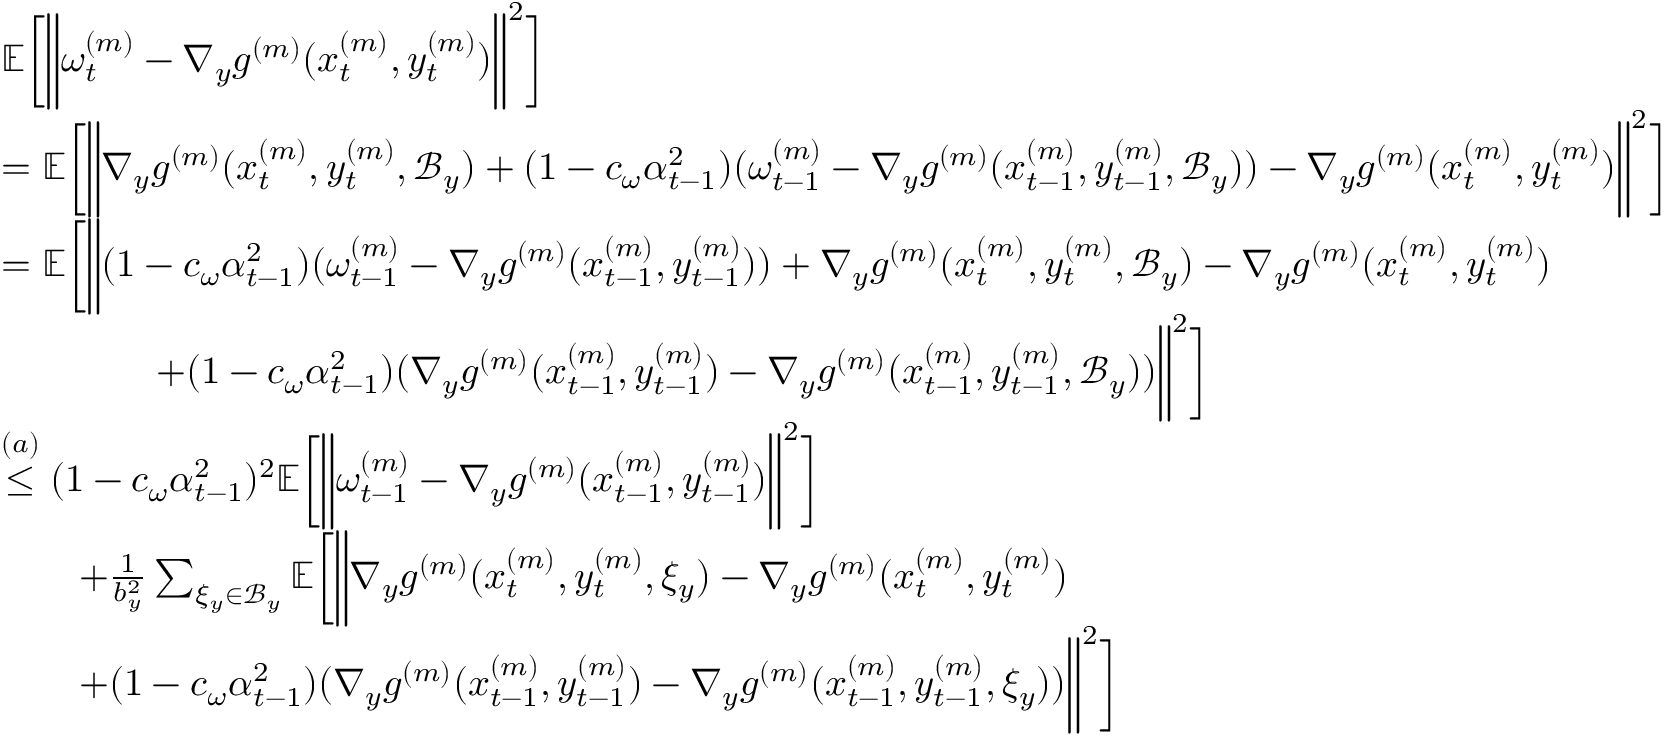
\begin{array} { r l } & { \mathbb { E } \bigg [ \bigg \| \omega _ { t } ^ { ( m ) } - \nabla _ { y } g ^ { ( m ) } ( x _ { t } ^ { ( m ) } , y _ { t } ^ { ( m ) } ) \bigg \| ^ { 2 } \bigg ] } \\ & { = \mathbb { E } \bigg [ \bigg \| \nabla _ { y } g ^ { ( m ) } ( x _ { t } ^ { ( m ) } , y _ { t } ^ { ( m ) } , \mathcal { B } _ { y } ) + ( 1 - c _ { \omega } \alpha _ { t - 1 } ^ { 2 } ) ( \omega _ { t - 1 } ^ { ( m ) } - \nabla _ { y } g ^ { ( m ) } ( x _ { t - 1 } ^ { ( m ) } , y _ { t - 1 } ^ { ( m ) } , \mathcal { B } _ { y } ) ) - \nabla _ { y } g ^ { ( m ) } ( x _ { t } ^ { ( m ) } , y _ { t } ^ { ( m ) } ) \bigg \| ^ { 2 } \bigg ] } \\ & { = \mathbb { E } \bigg [ \bigg \| ( 1 - c _ { \omega } \alpha _ { t - 1 } ^ { 2 } ) ( \omega _ { t - 1 } ^ { ( m ) } - \nabla _ { y } g ^ { ( m ) } ( x _ { t - 1 } ^ { ( m ) } , y _ { t - 1 } ^ { ( m ) } ) ) + \nabla _ { y } g ^ { ( m ) } ( x _ { t } ^ { ( m ) } , y _ { t } ^ { ( m ) } , \mathcal { B } _ { y } ) - \nabla _ { y } g ^ { ( m ) } ( x _ { t } ^ { ( m ) } , y _ { t } ^ { ( m ) } ) } \\ & { \qquad \qquad + ( 1 - c _ { \omega } \alpha _ { t - 1 } ^ { 2 } ) ( \nabla _ { y } g ^ { ( m ) } ( x _ { t - 1 } ^ { ( m ) } , y _ { t - 1 } ^ { ( m ) } ) - \nabla _ { y } g ^ { ( m ) } ( x _ { t - 1 } ^ { ( m ) } , y _ { t - 1 } ^ { ( m ) } , \mathcal { B } _ { y } ) ) \bigg \| ^ { 2 } \bigg ] } \\ & { \overset { ( a ) } { \leq } ( 1 - c _ { \omega } \alpha _ { t - 1 } ^ { 2 } ) ^ { 2 } \mathbb { E } \bigg [ \bigg \| \omega _ { t - 1 } ^ { ( m ) } - \nabla _ { y } g ^ { ( m ) } ( x _ { t - 1 } ^ { ( m ) } , y _ { t - 1 } ^ { ( m ) } ) \bigg \| ^ { 2 } \bigg ] } \\ & { \qquad + \frac { 1 } { b _ { y } ^ { 2 } } \sum _ { \xi _ { y } \in \mathcal { B } _ { y } } \mathbb { E } \bigg [ \bigg \| \nabla _ { y } g ^ { ( m ) } ( x _ { t } ^ { ( m ) } , y _ { t } ^ { ( m ) } , \xi _ { y } ) - \nabla _ { y } g ^ { ( m ) } ( x _ { t } ^ { ( m ) } , y _ { t } ^ { ( m ) } ) } \\ & { \qquad + ( 1 - c _ { \omega } \alpha _ { t - 1 } ^ { 2 } ) ( \nabla _ { y } g ^ { ( m ) } ( x _ { t - 1 } ^ { ( m ) } , y _ { t - 1 } ^ { ( m ) } ) - \nabla _ { y } g ^ { ( m ) } ( x _ { t - 1 } ^ { ( m ) } , y _ { t - 1 } ^ { ( m ) } , \xi _ { y } ) ) \bigg \| ^ { 2 } \bigg ] } \end{array}